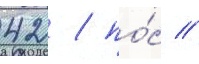
42 / по́с //